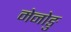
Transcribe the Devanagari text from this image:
मेनोङु